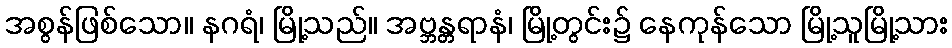
အစွန်ဖြစ်သော။ နဂရံ၊ မြို့သည်။ အဗ္ဘန္တရာနံ၊ မြို့တွင်း၌ နေကုန်သော မြို့သူမြို့သား